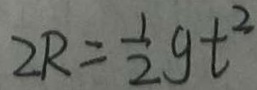
2 R = \frac { 1 } { 2 } g t ^ { 2 }